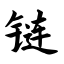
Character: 链